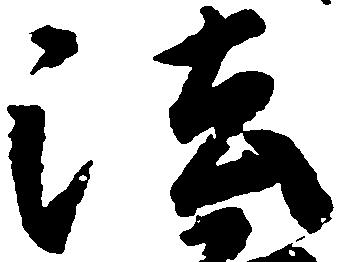
法